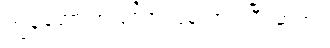
ကျွန်တော် အပြင်က ပြန်လာပါပြီ၊ ဆရာ။